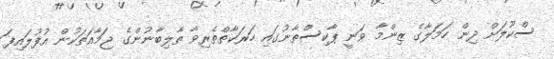
ސްކޫލަށް ދިން ހަމަލާގެ ޒިންމާ ވަނީ ޕާކިސްތާނުގައި ހަރަކާތްތެރިވާ ތާލިބާނުންގެ ޖަމާއަތަކުން އުފުލައިފަ